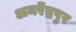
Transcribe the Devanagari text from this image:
अमरेंद्रपुर